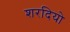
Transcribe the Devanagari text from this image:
शरदियो